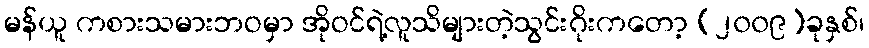
မန်ယူ ကစားသမားဘဝမှာ အိုဝင်ရဲ့လူသိများတဲ့သွင်းဂိုးကတော့ (၂၀၀၉)ခုနှစ်၊